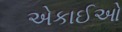
એકાઈઓ